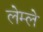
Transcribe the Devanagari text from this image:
लेम्ले